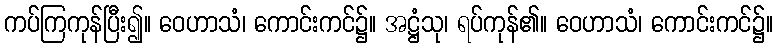
ကပ်ကြကုန်ပြီး၍။ ဝေဟာသံ၊ ကောင်းကင်၌။ အဋ္ဌံသု၊ ရပ်ကုန်၏။ ဝေဟာသံ၊ ကောင်းကင်၌။